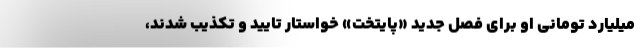
میلیارد تومانی او برای فصل جدید «پایتخت» خواستار تایید و تکذیب شدند،